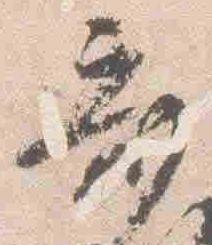
斎